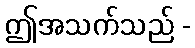
ဤအသက်သည် -